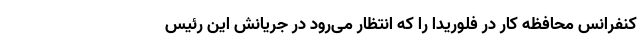
کنفرانس محافظه کار در فلوریدا را که انتظار می‌رود در جریانش این رئیس